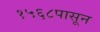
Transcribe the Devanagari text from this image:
१५६८पासून